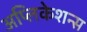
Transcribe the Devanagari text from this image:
अप्लिकेशन्स